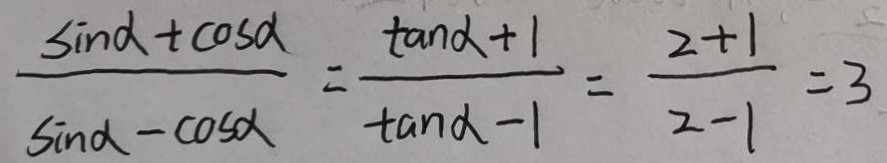
\frac { \sin \alpha + \cos \alpha } { \sin \alpha - \cos \alpha } = \frac { \tan \alpha + 1 } { \tan \alpha - 1 } = \frac { 2 + 1 } { 2 - 1 } = 3